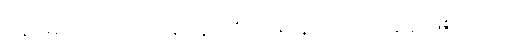
ဖိနပ်များကို ရောင်းချရန် ကြိုးစားနေသည့် အချိန် ဖြစ်သည်။